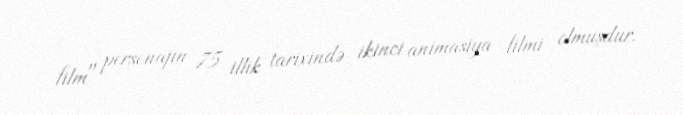
film" personajın 75 illik tarixində ikinci animasiya filmi olmuşdur.